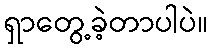
ရှာတွေ့ခဲ့တာပါပဲ။